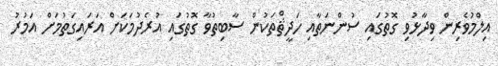
އިލްމުވެރިން ވިދާޅުވި ގޮތުގައި ސުންނަތާއި ހަދީޘްތަކުން ސާބިތުވާ ގޮތުގައި އުރެދުމަކަށް އަރައިގަތުމަށް އަމުރު